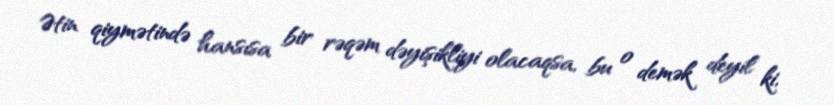
Ətin qiymətində hansısa bir rəqəm dəyişikliyi olacaqsa, bu o demək deyil ki,